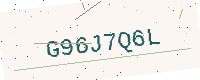
Text: G96J7Q6L